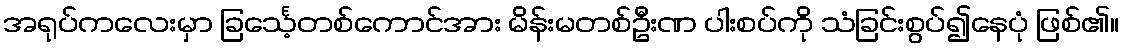
အရုပ်ကလေးမှာ ခြင်္သေ့တစ်ကောင်အား မိန်းမတစ်ဦးဏ ပါးစပ်ကို သံခြင်းစွပ်၍နေပုံ ဖြစ်၏။